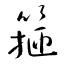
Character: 箍